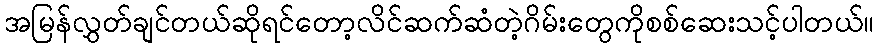
အမြန်လွှတ်ချင်တယ်ဆိုရင်တော့လိင်ဆက်ဆံတဲ့ဂိမ်းတွေကိုစစ်ဆေးသင့်ပါတယ်။